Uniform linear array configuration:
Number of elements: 8
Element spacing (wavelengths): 0.5
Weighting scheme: kaiser
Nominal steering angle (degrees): -30
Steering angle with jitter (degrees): -31.085
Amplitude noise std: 0.05
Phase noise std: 0.05

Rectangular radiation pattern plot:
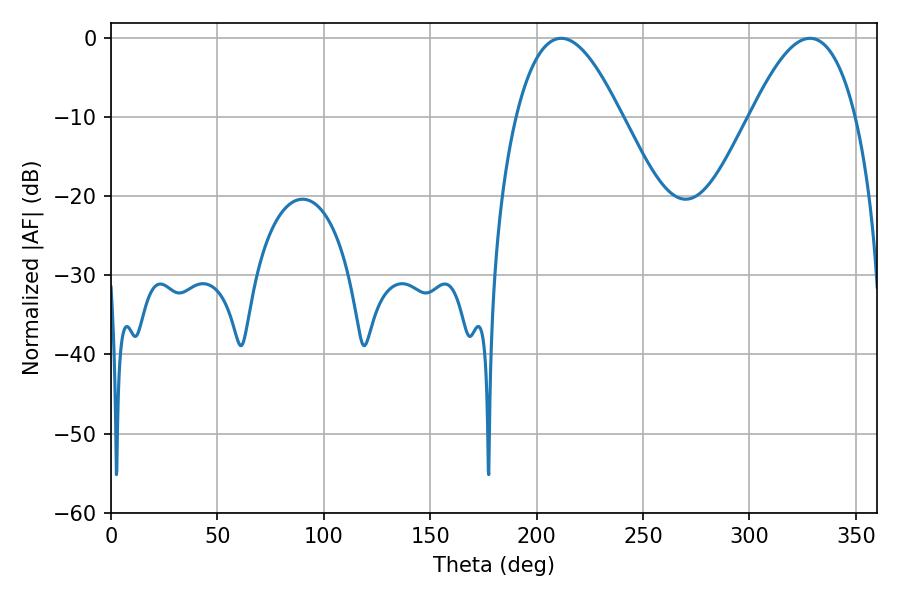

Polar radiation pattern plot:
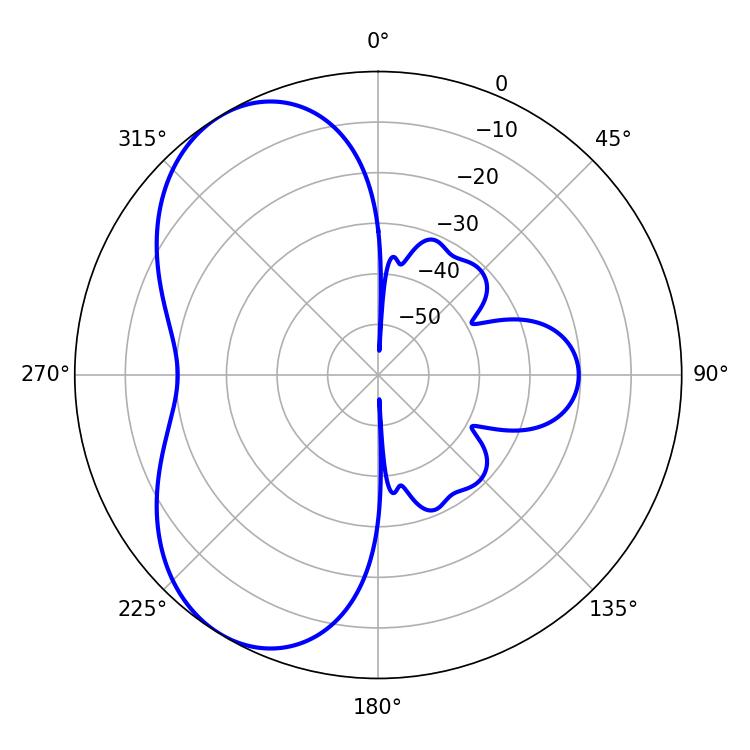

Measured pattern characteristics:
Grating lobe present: FALSE
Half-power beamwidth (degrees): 27
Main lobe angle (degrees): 211.5